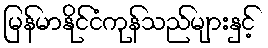
မြန်မာနိုင်ငံကုန်သည်များနှင့်